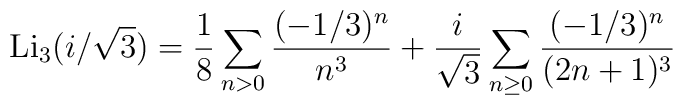
{\rm Li}_3(i/\sqrt3)=\frac{1}{8}\sum_{n>0}\frac{(-1/3)^n}{n^3}+\frac{i}{\sqrt3}\sum_{n\ge0}\frac{(-1/3)^n}{(2n+1)^3}